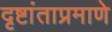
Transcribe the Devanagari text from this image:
दृष्टांताप्रमाणे